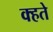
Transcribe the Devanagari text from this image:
क्हते